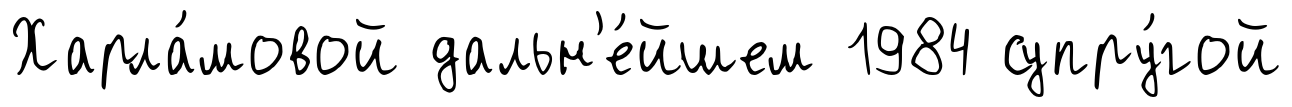
Харла́мовой дальн'е́йшем 1984 супру́гой